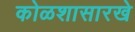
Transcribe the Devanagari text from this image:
कोळशासारखे